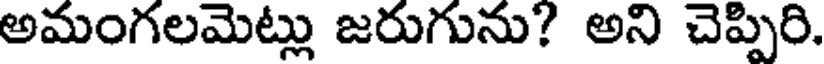
అమంగలమెట్లు జరుగును? అని చెప్పిరి.